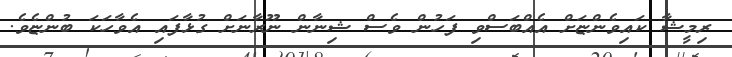
ރިމީޝާ ކައިވެންޏަށް އެއްބަސްވި ފަހުން ވެސް ޝިނާން ނޫރާނަށް ގުޅާފައި އެވާހަކަ ބުންޏެވެ.